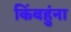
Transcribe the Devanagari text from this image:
किंबहुंना